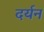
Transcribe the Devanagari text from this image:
दर्यन